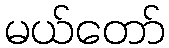
မယ်တော်